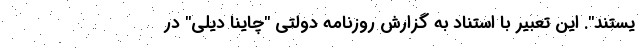
یستند". این تعبیر با استناد به گزارش روزنامه دولتی "چاینا دیلی" در